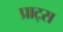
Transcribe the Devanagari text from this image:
प्राट्स